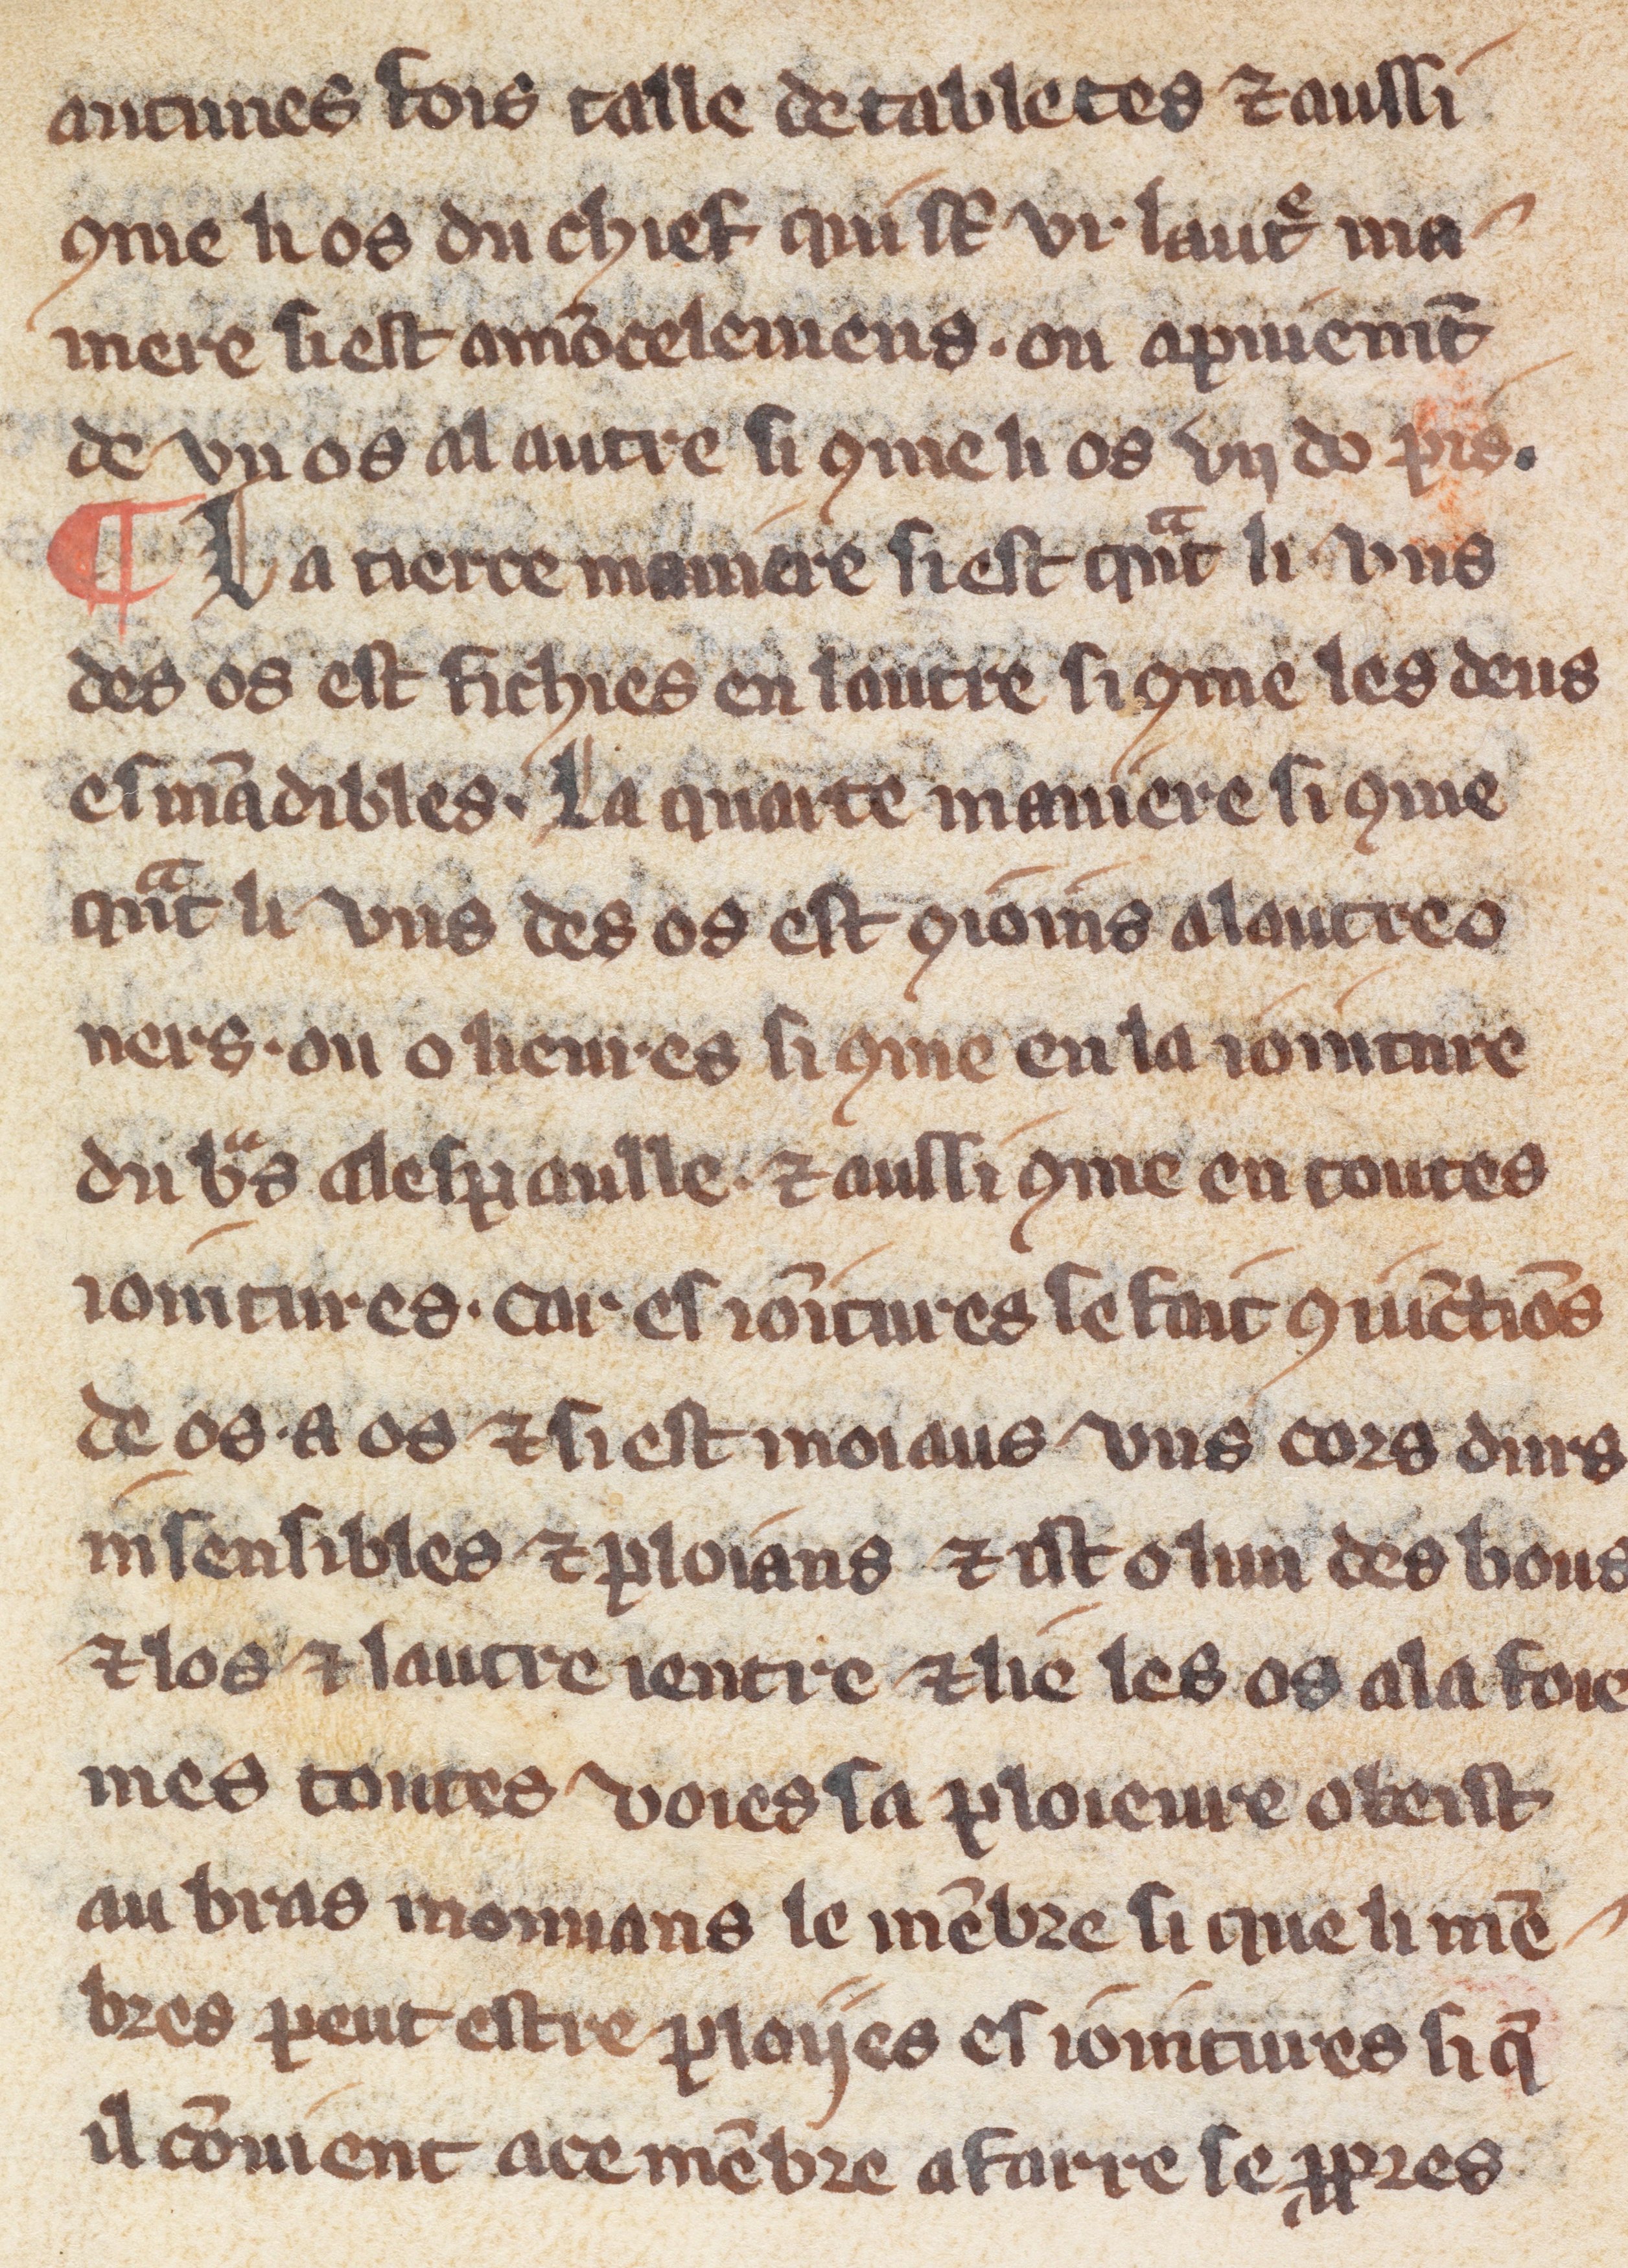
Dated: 1300–1330